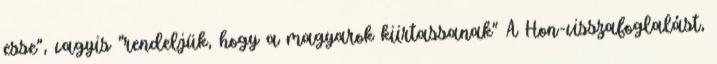
esse", vagyis "rendeljük, hogy a magyarok kiirtassanak" A Hon-visszafoglalást,